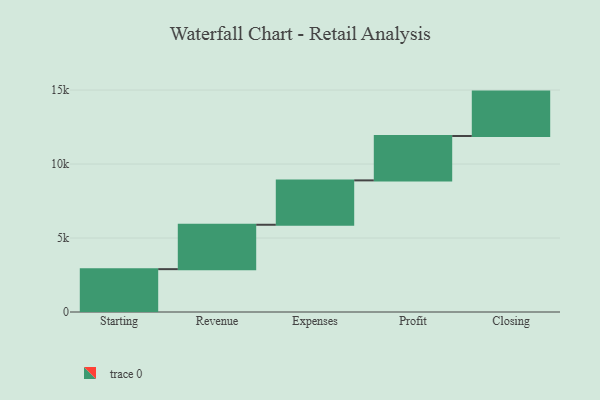
{"axis": {"x": "Step", "y": "Value"}, "legend": [""], "data": [{"x": "Starting", "y": 2896.0, "type": ""}, {"x": "Revenue", "y": 3000, "type": ""}, {"x": "Expenses", "y": 3000, "type": ""}, {"x": "Profit", "y": 3000, "type": ""}, {"x": "Closing", "y": 3000, "type": ""}]}